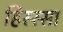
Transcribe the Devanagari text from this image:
हिस्स्सा